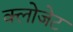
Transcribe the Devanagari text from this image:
क्लोजेट